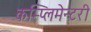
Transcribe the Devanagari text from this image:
कम्प्लिमेन्टरी